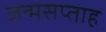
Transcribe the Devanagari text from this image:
जन्मसप्ताह